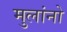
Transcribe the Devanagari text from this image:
मुलांनो